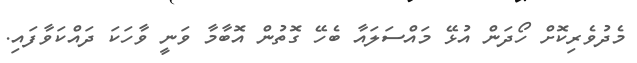
މެދުވެރިކޮށް ހޯދަން އުޅޭ މައްސަލައާ ބެހޭ ގޮތުން އޮބާމާ ވަނީ ވާހަކަ ދައްކަވާފައި.